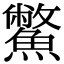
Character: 鱉